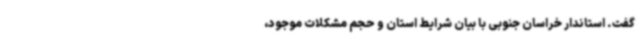
گفت. استاندار خراسان جنوبی با بیان شرایط استان و حجم مشکلات موجود،